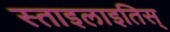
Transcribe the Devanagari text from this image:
स्ताइलाइतिस्